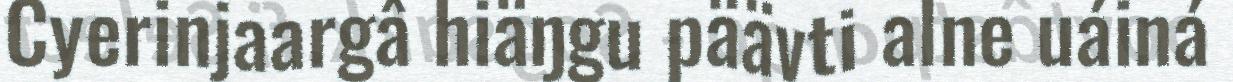
Cyerinjaargâ hiäŋgu päävti alne uáiná